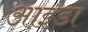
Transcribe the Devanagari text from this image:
आइडा